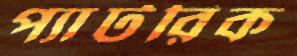
প্যাটরিক